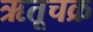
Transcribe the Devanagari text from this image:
ऋतूचक्र